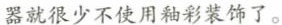
器就很少不使用釉彩装饰了。